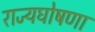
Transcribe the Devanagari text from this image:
राज्यघोषणा